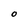
Character: O